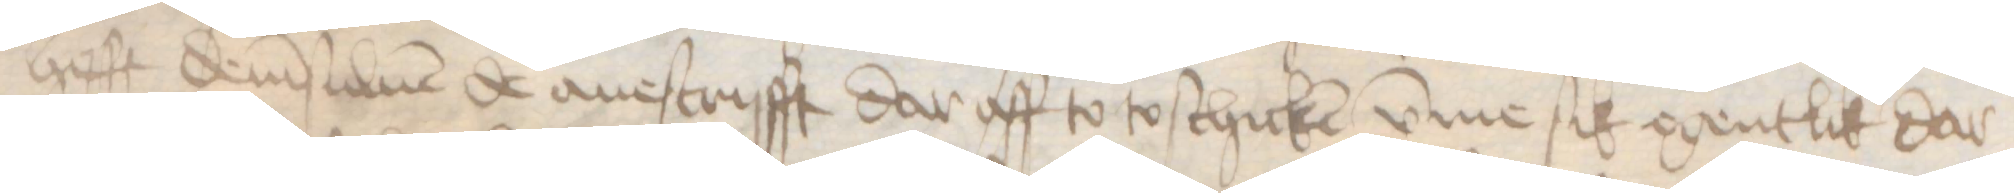
hefft demsuluen de auescrifft dar aff to to schicken vmme sik egentlik dar